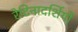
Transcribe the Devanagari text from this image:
रेटिनादर्शियों